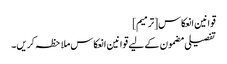
قوانین انعکاس[ترمیم]
تفصیلی مضمون کے لیے قوانین انعکاس ملاحظہ کریں۔